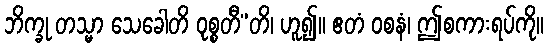
ဘိက္ခု တသ္မာ သေခေါတိ ဝုစ္စတီ”တိ၊ ဟူ၍။ ဧတံ ဝစနံ၊ ဤစကားရပ်ကို။